Vaccination in the Punjab 1919-1929 - 1919-1929
Year: 1919
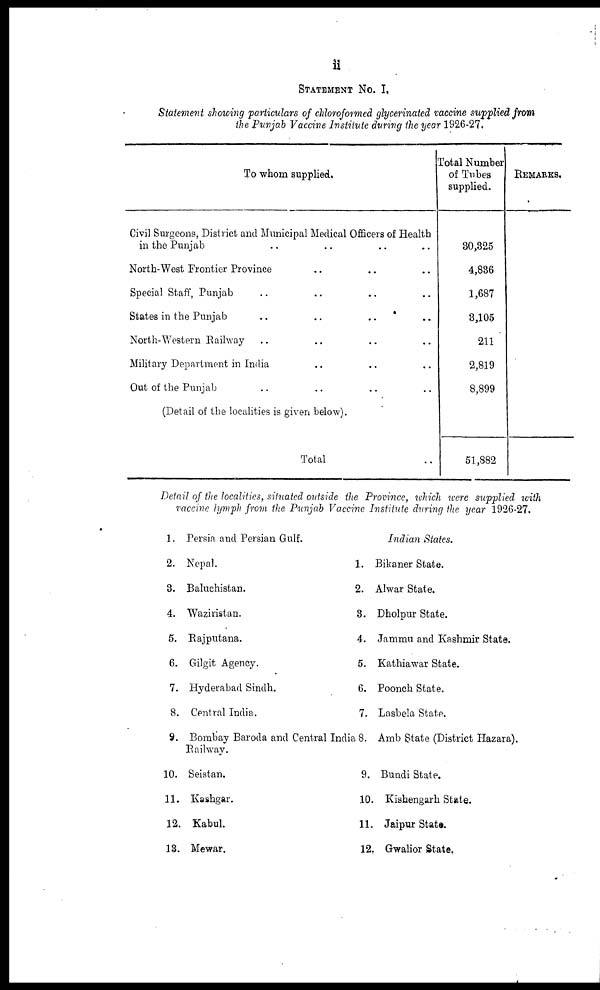
ii
STATEMENT No. I.
Statement showing particulars of chloroformed glycerinated vaccine supplied from
the Punjab Vaccine Institute during the year 1926-27.
To whom supplied.
Civil Surgeons, District and Municipal Medical Officers of Health
in the Punjab .. .. .. ..
North-West Frontier Province .. .. ..
Special Staff, Punjab .. .. .. ..
States in the Punjab .. .. .. ..
North-Western Railway .. .. .. ..
Military Department in India .. .. .. ..
Out of the Punjab .. .. .. .. ..
(Detail of the localities is given below).
Total ..
Total Number
of Tubes
supplied.
30,325
4,836
1,687
3,105
211
2,819
8,899
51,882
REMARKS.
Detail of the localities, situated outside the Province, which were supplied with
vaccine lymph from the Punjab Vaccine Institute during the year 1926-27.
1.
2.
3.
4.
5.
6.
7.
8.
9.
10.
11.
12.
13.
Persia and Persian Gulf.
Nepal.
Baluchistan.
Waziristan.
Rajputana.
Gilgit Agency.
Hyderabad Sindh.
Central India.
Bombay Baroda and Central India
Railway.
Seistan.
Kashgar.
Kabul.
Mewar.
Indian States.
1. Bikaner State.
2. Alwar State.
3. Dholpur State.
4. Jammu and Kashmir State.
5. Kathiawar State.
6. Poonch State.
7. Lasbela State.
8. Amb State (District Hazara).
9. Bundi State.
10. Kishengarh State.
11. Jaipur State.
12. Gwalior State.